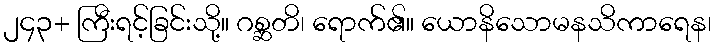
၂၄၃+ ကြီးရင့်ခြင်းသို့။ ဂစ္ဆတိ၊ ရောက်၏။ ယောနိသောမနသိကာရေန၊